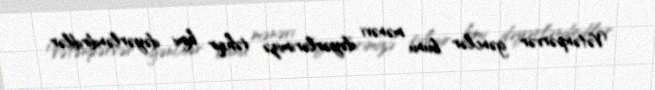
Vətənpərvər gənclər bunu mənəvi dəyərlərimizə təhqir kimi dəyərləndirdilər.